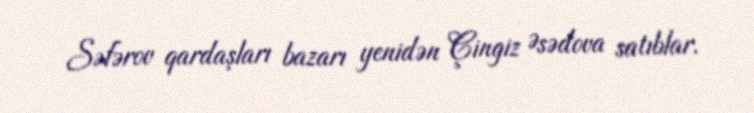
Səfərov qardaşları bazarı yenidən Çingiz Əsədova satıblar.